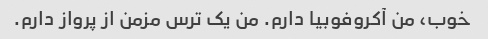
خوب، من آکروفوبیا دارم. من یک ترس مزمن از پرواز دارم.